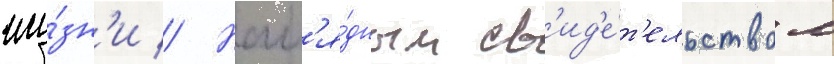
жи́зн'и // Нагл'я́дным св'ид'е́т'ельством